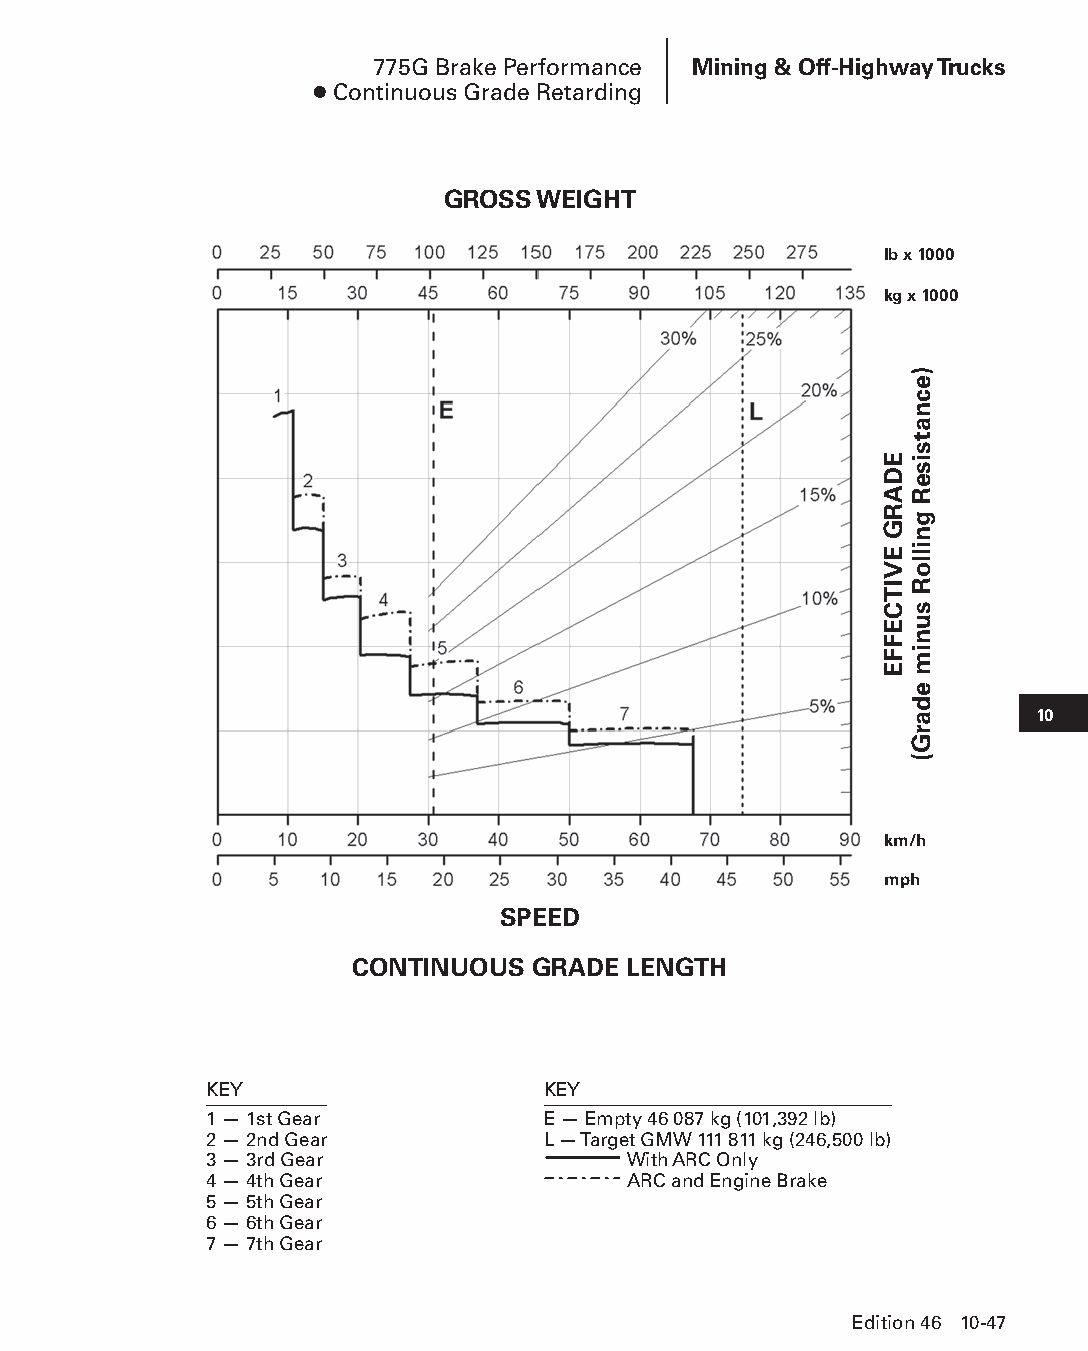
775G Brake Performance Mining & Off-Highway Trucks
 ● Continuous Grade Retarding
 GROSS WEIGHT
 lb x 1000
 kg x 1000
 10
 km/h
 mph
 SPEED
 CONTINUOUS  GRADE LENGTH
 KEY                   KEY
 1 — 1st Gear          E — Empty 46 087 kg (101,392 lb)
 2 — 2nd Gear          L — Target GMW 111 811 kg (246,500 lb)
 3 — 3rd Gear                With ARC Only
 4 — 4th Gear                ARC and Engine Brake
 5 — 5th Gear
 6 — 6th Gear
 7 — 7th Gear
 Edition 46 10-47
 PPHHBB--SSeecc1100((ppgg0011--5522))..iinndddd 4477            1122//44//1155 1100::4444 AAMM
 EDARG
 EVITCEFFE
 )ecnatsiseR
 gnilloR
 sunim
 edarG(